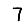
Digit: 7